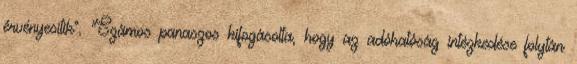
érvényesítik". "Számos panaszos kifogásolta, hogy az adóhatóság intézkedése folytán